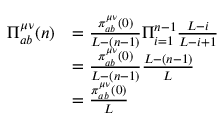
\begin{array} { r l } { \Pi _ { a b } ^ { \mu \nu } ( n ) } & { = \frac { \pi _ { a b } ^ { \mu \nu } ( 0 ) } { L - ( n - 1 ) } \Pi _ { i = 1 } ^ { n - 1 } \frac { L - i } { L - i + 1 } } \\ & { = \frac { \pi _ { a b } ^ { \mu \nu } ( 0 ) } { L - ( n - 1 ) } \frac { L - ( n - 1 ) } { L } } \\ & { = \frac { \pi _ { a b } ^ { \mu \nu } ( 0 ) } { L } } \end{array}